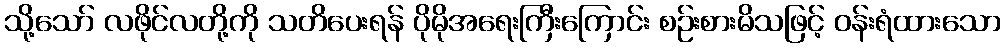
သို့သော် လဖိုင်လတို့ကို သတိပေးရန် ပိုမိုအရေးကြီးကြောင်း စဉ်းစားမိသဖြင့် ဝန်းရံထားသော